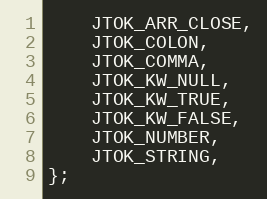
Language: C
    JTOK_ARR_CLOSE,
    JTOK_COLON,
    JTOK_COMMA,
    JTOK_KW_NULL,
    JTOK_KW_TRUE,
    JTOK_KW_FALSE,
    JTOK_NUMBER,
    JTOK_STRING,
};